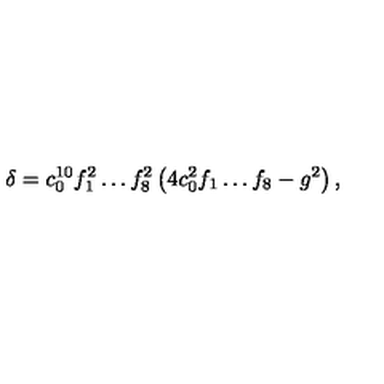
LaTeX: \delta = c _ { 0 } ^ { 1 0 } f _ { 1 } ^ { 2 } \dots f _ { 8 } ^ { 2 } \left( 4 c _ { 0 } ^ { 2 } f _ { 1 } \dots f _ { 8 } - g ^ { 2 } \right) ,